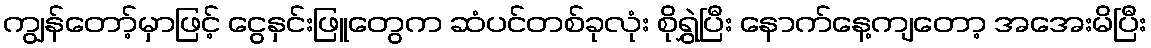
ကျွန်တော့်မှာဖြင့် ငွေနှင်းဖြူတွေက ဆံပင်တစ်ခုလုံး စိုရွှဲပြီး နောက်နေ့ကျတော့ အအေးမိပြီး